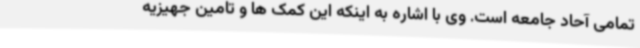
تمامی آحاد جامعه است. وی با اشاره به اینکه این کمک ها و تامین جهیزیه